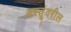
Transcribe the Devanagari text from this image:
वस्तूंवरील